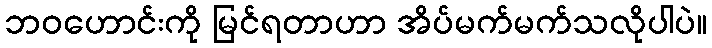
ဘဝဟောင်းကို မြင်ရတာဟာ အိပ်မက်မက်သလိုပါပဲ။